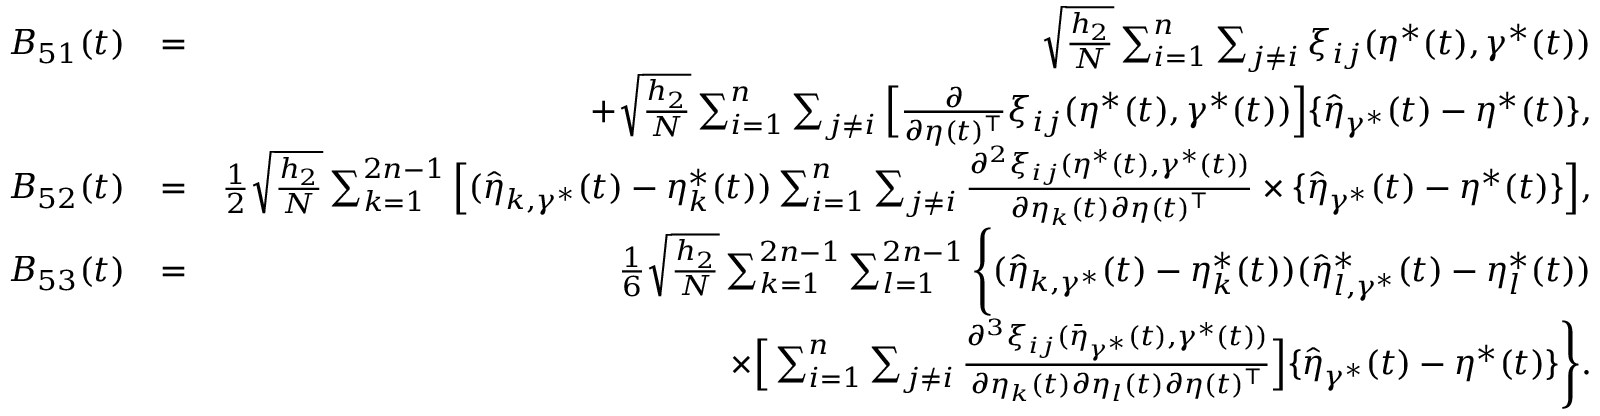
\begin{array} { r l r } { B _ { 5 1 } ( t ) } & { = } & { \sqrt { \frac { h _ { 2 } } { N } } \sum _ { i = 1 } ^ { n } \sum _ { j \neq i } \xi _ { i j } ( \eta ^ { * } ( t ) , \gamma ^ { * } ( t ) ) } \\ & { } & { + \sqrt { \frac { h _ { 2 } } { N } } \sum _ { i = 1 } ^ { n } \sum _ { j \neq i } \Big [ \frac { \partial } { \partial \eta ( t ) ^ { \top } } \xi _ { i j } ( \eta ^ { * } ( t ) , \gamma ^ { * } ( t ) ) \Big ] \{ \widehat { \eta } _ { \gamma ^ { * } } ( t ) - \eta ^ { * } ( t ) \} , } \\ { B _ { 5 2 } ( t ) } & { = } & { \frac { 1 } { 2 } \sqrt { \frac { h _ { 2 } } { N } } \sum _ { k = 1 } ^ { 2 n - 1 } \Big [ ( \widehat { \eta } _ { k , \gamma ^ { * } } ( t ) - \eta _ { k } ^ { * } ( t ) ) \sum _ { i = 1 } ^ { n } \sum _ { j \neq i } \frac { \partial ^ { 2 } \xi _ { i j } ( \eta ^ { * } ( t ) , \gamma ^ { * } ( t ) ) } { \partial \eta _ { k } ( t ) \partial \eta ( t ) ^ { \top } } \times \{ \widehat { \eta } _ { \gamma ^ { * } } ( t ) - \eta ^ { * } ( t ) \} \Big ] , } \\ { B _ { 5 3 } ( t ) } & { = } & { \frac { 1 } { 6 } \sqrt { \frac { h _ { 2 } } { N } } \sum _ { k = 1 } ^ { 2 n - 1 } \sum _ { l = 1 } ^ { 2 n - 1 } \Bigg \{ ( \widehat { \eta } _ { k , \gamma ^ { * } } ( t ) - \eta _ { k } ^ { * } ( t ) ) ( \widehat { \eta } _ { l , \gamma ^ { * } } ^ { * } ( t ) - \eta _ { l } ^ { * } ( t ) ) } \\ & { } & { ~ ~ ~ ~ \times \Big [ \sum _ { i = 1 } ^ { n } \sum _ { j \neq i } \frac { \partial ^ { 3 } \xi _ { i j } ( \bar { \eta } _ { \gamma ^ { * } } ( t ) , \gamma ^ { * } ( t ) ) } { \partial \eta _ { k } ( t ) \partial \eta _ { l } ( t ) \partial \eta ( t ) ^ { \top } } \Big ] \{ \widehat { \eta } _ { \gamma ^ { * } } ( t ) - \eta ^ { * } ( t ) \} \Bigg \} . } \end{array}